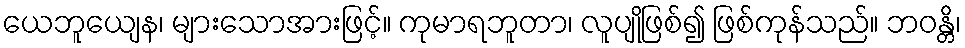
ယေဘူယျေန၊ များသောအားဖြင့်။ ကုမာရဘူတာ၊ လူပျိုဖြစ်၍ ဖြစ်ကုန်သည်။ ဘဝန္တိ၊